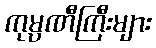
ကုမ္ပဏီကြီးများ